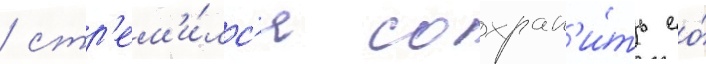
/ стр'ем'и́лс'я сохран'и́ть ео́